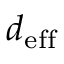
d _ { \mathrm { e f f } }